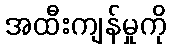
အထီးကျန်မှုကို